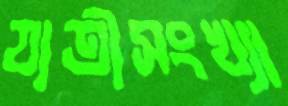
যাত্রীসংখ্যা